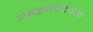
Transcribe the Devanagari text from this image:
सापेक्षतावादावरही